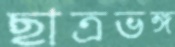
ছাত্রভঙ্গ